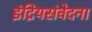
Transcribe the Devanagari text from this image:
इंद्रियसंवेदना